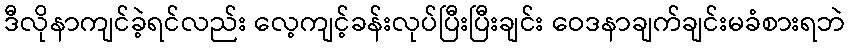
ဒီလိုနာကျင်ခဲ့ရင်လည်း လေ့ကျင့်ခန်းလုပ်ပြီးပြီးချင်း ဝေဒနာချက်ချင်းမခံစားရဘဲ